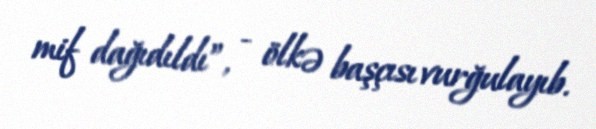
mif dağıdıldı”, - ölkə başçısı vurğulayıb.